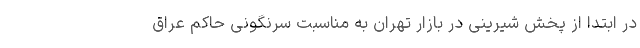
در ابتدا از پخش شیرینی در بازار تهران به مناسبت سرنگونی حاکم عراق